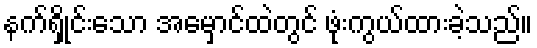
နက်ရှိုင်းသော အမှောင်ထဲတွင် ဖုံးကွယ်ထားခဲ့သည်။